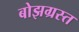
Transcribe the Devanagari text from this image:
बोझग्रस्त